Note on the mental hospitals in Burma - 1925-1940
Year: 1925
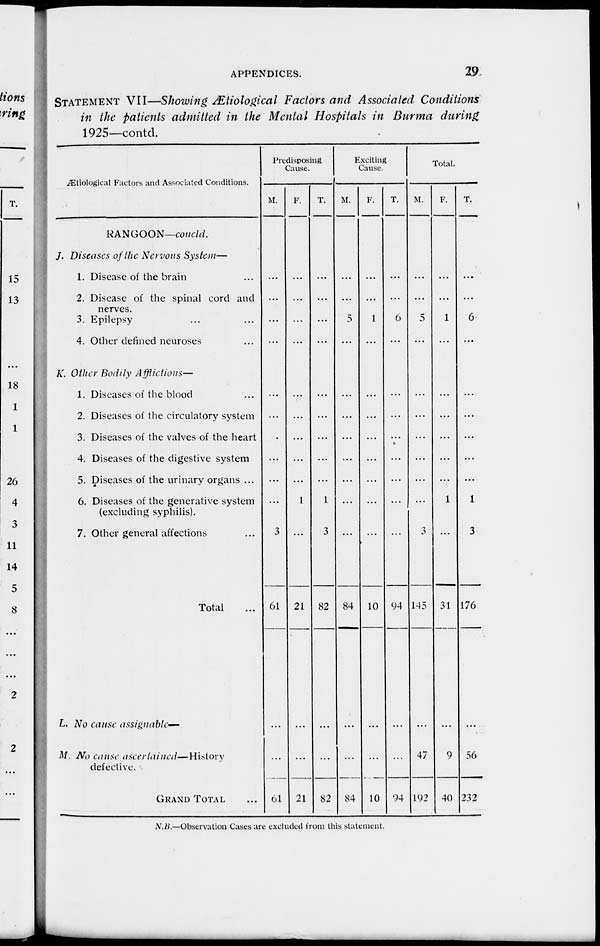
APPENDICES.
29
STATEMENT VII—Showing Ætiological Factors and Associated Conditions
in the patients admitted in the Mental Hospitals in Burma during
1925—contd.
Ætiological Factors and Associated Conditions.
RANGOON—concld.
J. Diseases of the Nervous System—
1. Disease of the brain ...
2. Disease of the spinal cord and
nerves.
3. Epilepsy ... ...
4. Other defined neuroses ...
K. Other Bodily Afflictions—
1. Diseases of the blood ...
2. Diseases of the circulatory system
3. Diseases of the valves of the heart
4. Diseases of the digestive system
5. Diseases of the urinary organs ...
6. Diseases of the generative system
(excluding syphilis).
7. Other general affections ...
Total ...
L. No cause assignable—
M. No cause ascertained—History
defective.
GRAND TOTAL ...
Predisposing
Cause.
M.
...
...
...
...
...
...
...
...
...
...
3
61
...
61
F.
...
...
...
...
...
...
...
...
...
1
...
21
...
21
T.
...
...
...
...
...
...
...
...
...
1
3
82
...
82
Exciting
Cause.
M.
...
...
5
...
...
...
...
...
...
...
...
84
...
84
F.
...
...
1
...
...
...
...
...
...
...
...
10
...
10
T.
...
...
6
...
...
...
...
...
...
...
...
94
...
94
Total.
M.
...
...
5
...
...
...
...
...
...
...
3
145
47
192
F.
...
...
1
...
...
...
...
...
...
1
...
31
9
40
T.
...
...
6
...
...
...
...
...
...
1
3
176
56
232
N.B.—Observation Cases are excluded from this statement.